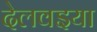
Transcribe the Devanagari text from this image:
देलवइया